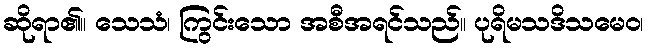
ဆိုရာ၏။ သေသံ၊ ကြွင်းသော အစီအရင်သည်။ ပုရိမသဒိသမေဝ၊